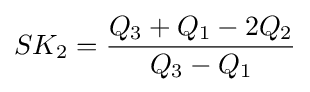
SK_{2}={\frac {Q_{3}+Q_{1}-2Q_{2}}{Q_{3}-Q_{1}}}